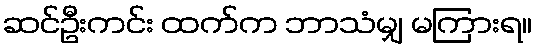
ဆင်ဦးကင်း ထက်က ဘာသံမျှ မကြားရ။